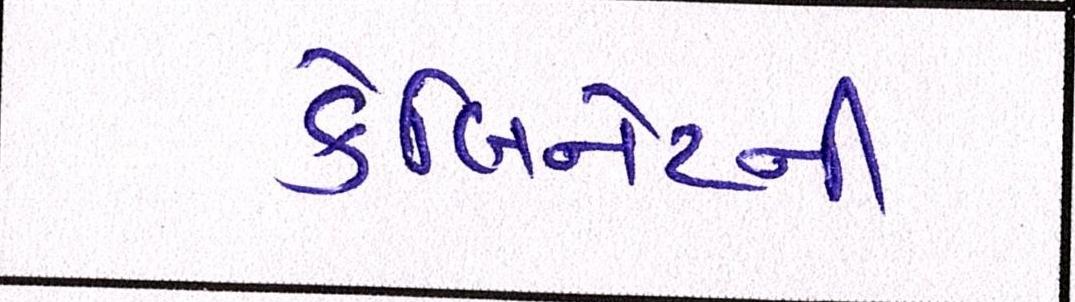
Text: કેબિનેટની